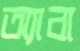
অ্যাবা